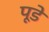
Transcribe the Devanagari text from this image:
पूडे